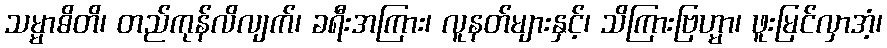
သမ္မာဓိတိ၊ တည်ကုန်လိလျက်၊ ခရီးအကြား၊ လူနတ်များနှင့်၊ သိကြားဗြဟ္မာ၊ ဖူးမြင်လှာအံ့၊